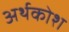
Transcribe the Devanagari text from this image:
अर्थकोश